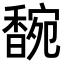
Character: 𬳞